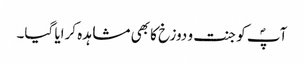
آپؐ کو جنت و دوزخ کا بھی مشاہدہ کرایا گیا۔